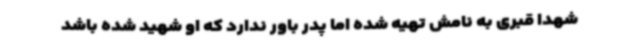
شهدا قبری به نامش تهیه‌ شده اما پدر باور ندارد که او شهید شده باشد